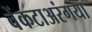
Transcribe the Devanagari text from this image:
वेंकटाअरंगया